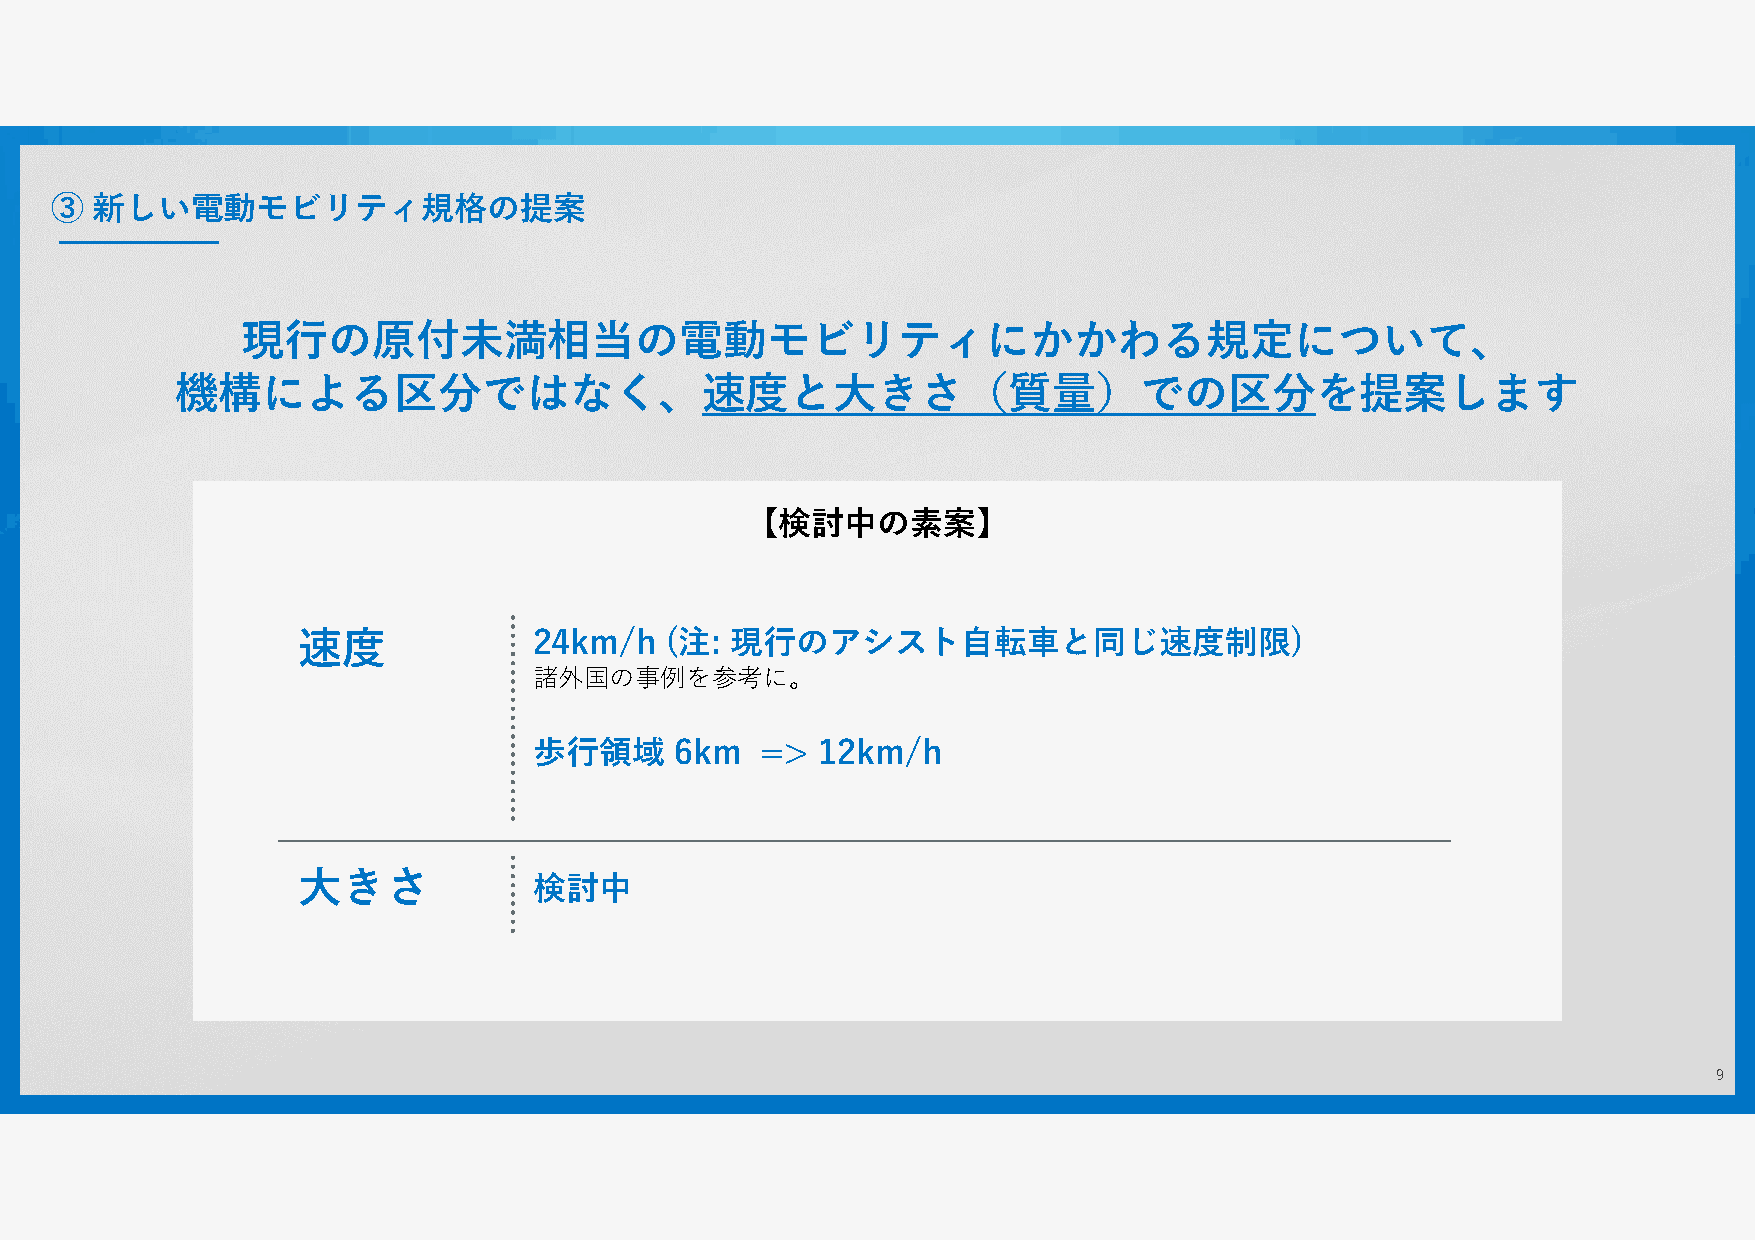
③  新しい電動モビリティ規格の提案
 現行の原付未満相当の電動モビリティにかかわる規定について、
 機構による区分ではなく、速度と大きさ（質量）での区分を提案します
 【検討中の素案】
 速度             24km/h   (注: 現行のアシスト自転車と同じ速度制限)
 諸外国の事例を参考に。
 歩行領域      6km  =>  12km/h
 大きさ            検討中
 9